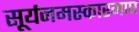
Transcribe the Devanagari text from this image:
सूर्यनमस्कारमाघ